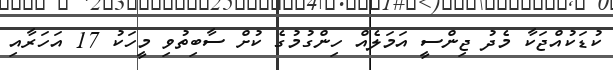
ކުޑަކުއްޖަކާ މެދު ޖިންސީ އަމަލެއް ހިންގުމުގެ ކުށް ސާބިތުވި މީހަކު 17 އަހަރާއި